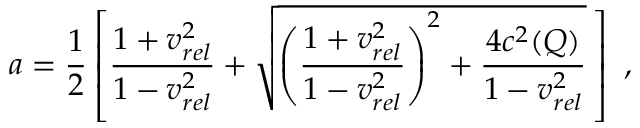
a = \frac { 1 } { 2 } \left[ \frac { 1 + v _ { r e l } ^ { 2 } } { 1 - v _ { r e l } ^ { 2 } } + \sqrt { \left( \frac { 1 + v _ { r e l } ^ { 2 } } { 1 - v _ { r e l } ^ { 2 } } \right) ^ { 2 } + \frac { 4 c ^ { 2 } ( Q ) } { 1 - v _ { r e l } ^ { 2 } } } \, \right] \ ,